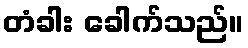
တံခါး ခေါက်သည်။